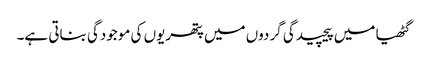
گٹھیا میں پیچیدگی گردوں میں پتھریوں کی موجودگی بناتی ہے۔